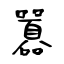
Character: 囂